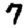
Digit: 7